Civil Veterinary Department. Madras. Admin. report 1910-25 - 1910-1925
Year: 1910
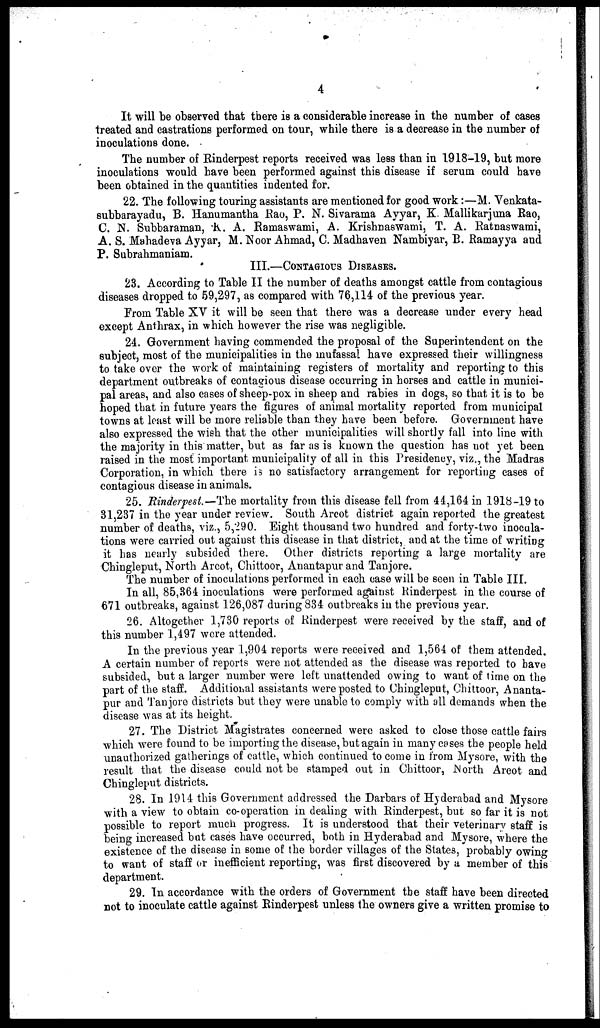
4
It will be observed that there is a considerable increase in the number of cases
treated and castrations performed on tour, while there is a decrease in the number of
inoculations done.
The number of Rinderpest reports received was less than in 1918-19, but more
inoculations would have been performed against this disease if serum could have
been obtained in the quantities indented for.
22. The following touring assistants are mentioned for good work:—M. Venkata-
subbarayadu, B. Hanumantha Rao, P. N. Sivarama Ayyar, K. Mallikarjuna Rao,
C. N. Subbaraman, K. A. Ramaswami, A. Krishnaswami, T. A. Ratnaswami,
A. S. Mahadeva Ayyar, M. Noor Ahmad, C. Madhaven Nambiyar, B. Ramayya and
P. Subrahmaniam.
III.—CONTAGIOUS DISEASES.
23. According to Table II the number of deaths amongst cattle from contagious
diseases dropped to 59,297, as compared with 76,114 of the previous year.
Prom Table XV it will be seen that there was a decrease under every head
except Anthrax, in which however the rise was negligible.
24. Government having commended the proposal of the Superintendent on the
subject, most of the municipalities in the inufassal have expressed their willingness
to take over the work of maintaining registers of mortality and reporting to this
department outbreaks of contagious disease occurring in horses and cattle in munici-
pal areas, and also cases of sheep-pox in sheep and rabies in dogs, so that it is to be
hoped that in future years the figures of animal mortality reported from municipal
towns at least will be more reliable than they have been before. Government have
also expressed the wish that the other municipalities will shortly fall into line with
the majority in this matter, but as far as is known the question has not yet been
raised in the most important municipality of all in this Presidency, viz., the Madras
Corporation, in which there is no satisfactory arrangement for reporting cases of
contagious disease in animals.
25. Rinderpest.—The mortality from this disease fell from 44,164 in 1918-19 to
31,237 in the year under review. South Arcot district again reported the greatest
number of deaths, viz., 5,290. Eight thousand two hundred and forty-two inocula-
tions were carried out against this disease in that district, and at the time of writing
it has nearly subsided there. Other districts reporting a large mortality are
Chingleput, North Arcot, Chittoor, Anantapur and Tanjore.
The number of inoculations performed in each case will be seen in Table III.
In all, 85,364 inoculations were performed against Rinderpest in the course of
671 outbreaks, against 126,087 during 834 outbreaks in the previous year.
26. Altogether 1,730 reports of Rinderpest were received by the staff, and of
this number 1,497 were attended.
In the previous year 1,904 reports were received and 1,561 of them attended.
A certain number of reports were not attended as the disease was reported to have
subsided, but a larger number were left unattended owing to want of time on the
part of the staff. Additional assistants were posted to Chingleput, Chittoor, Ananta-
pur and Tanjore districts but they were unable to comply with all demands when the
disease was at its height.
27. The District Magistrates concerned were asked to close those cattle fairs
which were found to be importing the disease, but again in many cases the people held
unauthorized gatherings of cattle, which continued to come in from Mysore, with the
result that the disease could not be stamped out in Chittoor, North Arcot and
Chingleput districts.
28. In 1914 this Government addressed the Darbars of Hyderabad and Mysore
with a view to obtain co-operation in dealing with Rinderpest, but so far it is not
possible to report much progress. It is understood that their veterinary staff is
being increased but cases have occurred, both in Hyderabad and Mysore, where the
existence of the disease in some of the border villages of the States, probably owing
to want of staff or inefficient reporting, was first discovered by a member of this
department.
29. In accordance with the orders of Government the staff have been directed
not to inoculate cattle against Rinderpest unless the owners give a written promise to